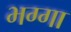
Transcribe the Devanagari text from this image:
भग्गा